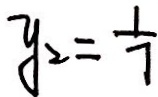
y _ { 2 } = \frac { 1 } { 7 }